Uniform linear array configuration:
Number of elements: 24
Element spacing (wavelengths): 0.75
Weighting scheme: hann
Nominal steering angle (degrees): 30
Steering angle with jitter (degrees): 30.592
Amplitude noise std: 0.05
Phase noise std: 0.05

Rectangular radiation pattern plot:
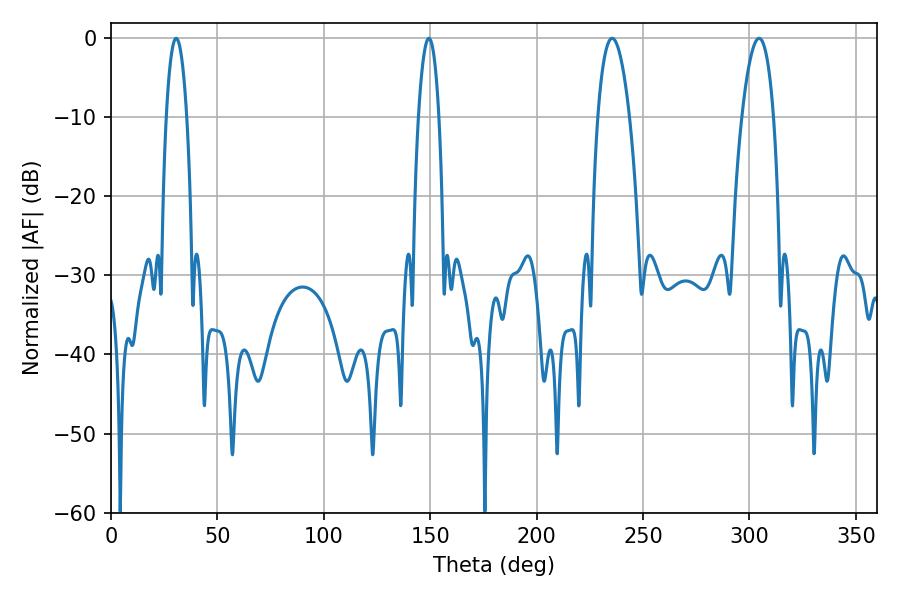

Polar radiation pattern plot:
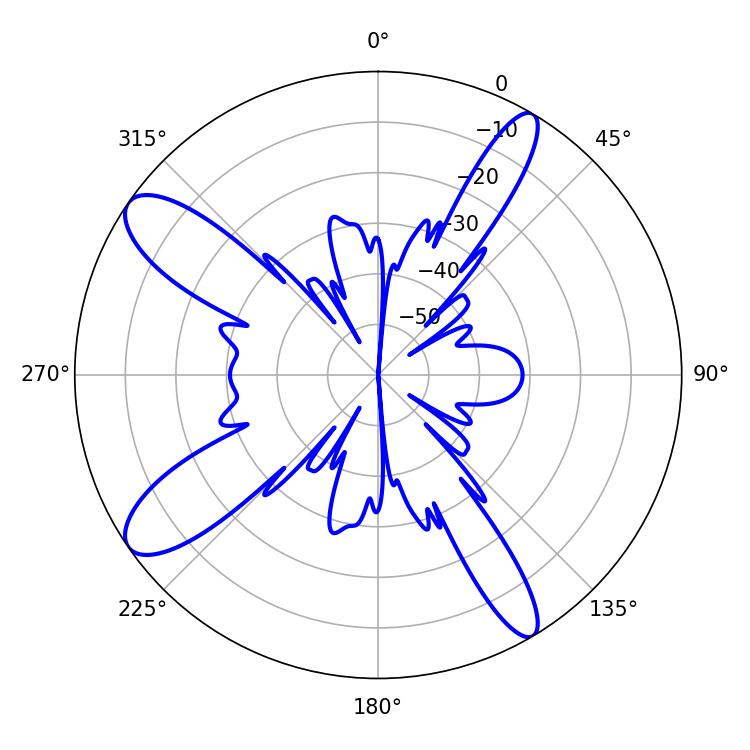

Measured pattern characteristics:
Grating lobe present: TRUE
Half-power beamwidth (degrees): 8.28
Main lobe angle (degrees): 235.44